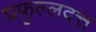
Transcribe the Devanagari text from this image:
प्रफुल्लदत्त